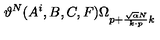
\vartheta ^ { N } ( A ^ { i } , B , C , F ) \Omega _ { p + { \frac { \sqrt { \alpha } N } { k \cdot p } } k }